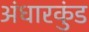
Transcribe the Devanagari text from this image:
अंधारकुंड